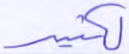
لكثير